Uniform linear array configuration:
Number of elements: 48
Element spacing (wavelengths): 0.25
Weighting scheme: uniform
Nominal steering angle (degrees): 60
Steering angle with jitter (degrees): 60.315
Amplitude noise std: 0.05
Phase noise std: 0.05

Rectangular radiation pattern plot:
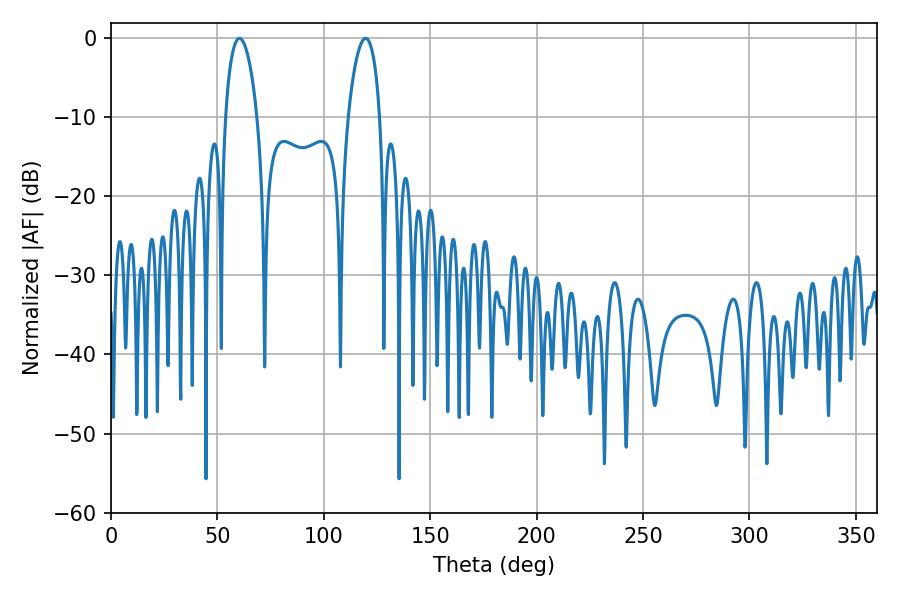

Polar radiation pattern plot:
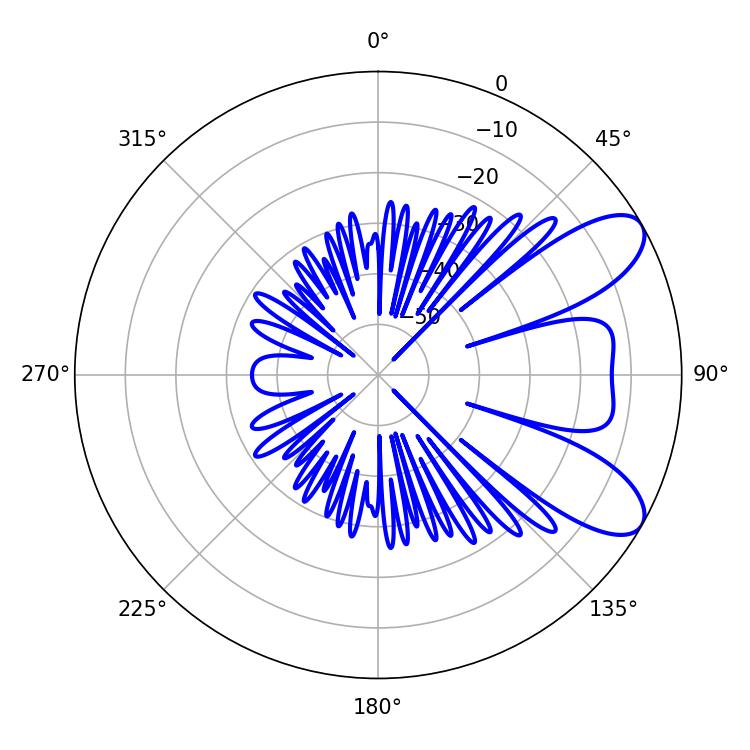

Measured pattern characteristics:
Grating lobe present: FALSE
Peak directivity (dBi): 8.255
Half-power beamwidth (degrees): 8.46
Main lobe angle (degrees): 60.3